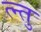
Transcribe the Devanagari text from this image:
त्न्तु